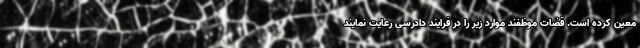
معین کرده است. قضات موظفند موارد زیر را در فرایند دادرسی رعایت نمایند